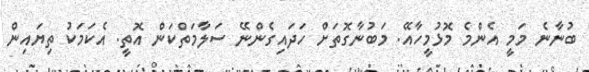
ބުނާނެ މަމީ އެންމެ މޮޅުމީހާއޭ. މަބުނާގޮތަށް ހަދައިގެންނޭ ސަލާމަތްކަން އޮތީ. އެކަމަކު ތިޔައިން